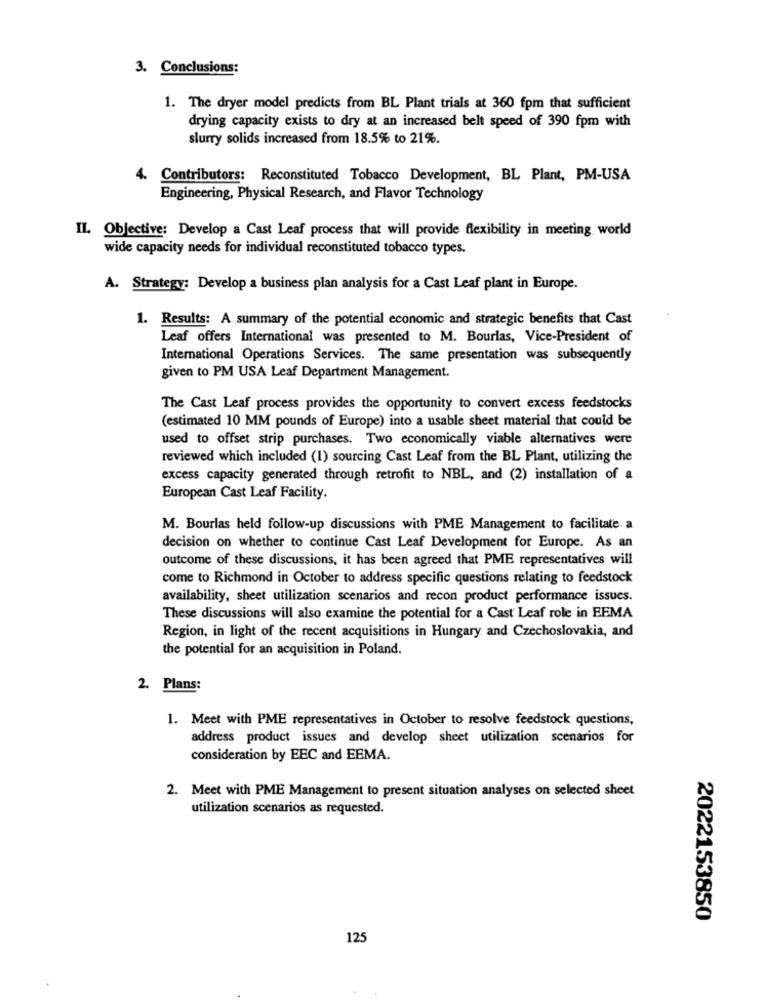
3. Conclusions:
1. The dryer model predicts from BL Plant trials at 360 fpm that sufficient
drying capacity exists to dry at an increased belt speed of 390 fpm with
slurry solids increased from 18.5% to 21%.
4. Contributors: Reconstituted Tobacco Development, BL Plant, PM-USA
Engineering, Physical Research, and Flavor Technology
II. Objective: Develop a Cast Leaf process that will provide flexibility in meeting world
wide capacity needs for individual reconstituted tobacco types.
A. Strategy: Develop a business plan analysis for a Cast Leaf plant in Europe.
1. Results: A summary of the potential economic and strategic benefits that Cast
Leaf offers International was presented to M. Bourlas, Vice-President of
International Operations Services. The same presentation was subsequently
given to PM USA Leaf Department Management.
The Cast Leaf process provides the opportunity to convert excess feedstocks
(estimated 10 MM pounds of Europe) into a usable sheet material that could be
used to offset strip purchases. Two economically viable alternatives were
reviewed which included (1) sourcing Cast Leaf from the BL Plant, utilizing the
excess capacity generated through retrofit to NBL, and (2) installation of a
European Cast Leaf Facility.
M. Bourlas held follow-up discussions with PME Management to facilitate a
decision on whether to continue Cast Leaf Development for Europe. As an
outcome of these discussions, it has been agreed that PME representatives will
come to Richmond in October to address specific questions relating to feedstock
availability, sheet utilization scenarios and recon product performance issues.
These discussions will also examine the potential for a Cast Leaf role in EEMA
Region, in light of the recent acquisitions in Hungary and Czechoslovakia, and
the potential for an acquisition in Poland.
2. Plans:
1. Meet with PME representatives in October to resolve feedstock questions,
address product issues and develop sheet utilization scenarios for
consideration by EEC and EEMA.
2. Meet with PME Management to present situation analyses on selected sheet
utilization scenarios as requested.
2022153850
125